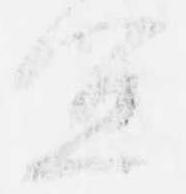
宜